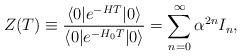
LaTeX: \begin{align*}Z(T) \equiv{\langle 0 | e^{ -H T} | 0\rangle\over\langle 0 | e^{ -H_0 T} |0\rangle}= \sum_{n=0}^\infty \alpha^{2n} I_n ,\end{align*}